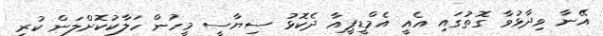
އޭނާ ވިދާޅުވާ ގޮތުގައި އެއީ އެމްޑީޕީއާ ދެކޮޅު ސިޔާސީ މީހުން ހަލާކުކޮށްލަން ކުރި